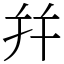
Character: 幷